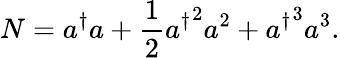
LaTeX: N=a^{\dagger}a+\frac{1}{2}{a^{\dagger}}^{2}a^{2}+{a^{\dagger}}^{3}a^{3}.